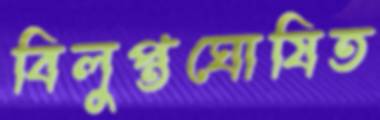
বিলুপ্তঘোষিত